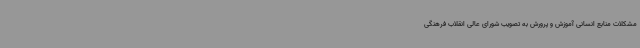
مشکلات منابع انسانی آموزش و پرورش به تصویب شورای عالی انقلاب فرهنگی